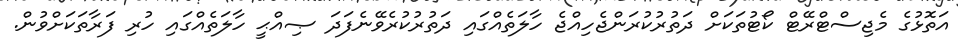
އަތޮޅުގެ މެޖިސްޓްރޭޓް ކޯޓުތަކަށް ދަތުރުކުރަންޖެހިއްޖެ ހާލަތެއްގައި ދަތުރުކުރެވޭނެފަދަ ޞިއްޙީ ހާލަތެއްގައި ހުރި ފަރާތަކަށްވުން.